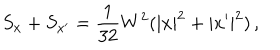
S _ { x } + S _ { x ^ { \prime } } = \frac { 1 } { 3 2 } W ^ { 2 } ( | x | ^ { 2 } + | x ^ { \prime } | ^ { 2 } ) \, ,